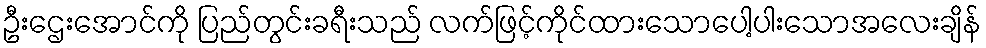
ဦးဌေးအောင်ကို ပြည်တွင်းခရီးသည် လက်ဖြင့်ကိုင်ထားသောပေါ့ပါးသောအလေးချိန်